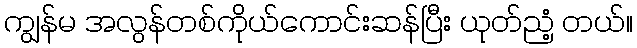
ကျွန်မ အလွန်တစ်ကိုယ်ကောင်းဆန်ပြီး ယုတ်ညံ့ တယ်။